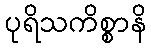
ပုရိသကိစ္စာနိ